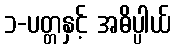
၁-ပတ္တနှင့် အဓိပ္ပါယ်